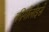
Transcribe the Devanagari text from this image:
कीगौलोइसे